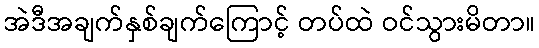
အဲဒီအချက်နှစ်ချက်ကြောင့် တပ်ထဲ ဝင်သွားမိတာ။